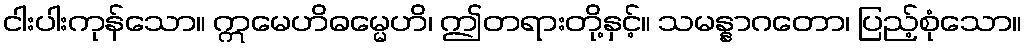
ငါးပါးကုန်သော။ ဣမေဟိဓမ္မေဟိ၊ ဤတရားတို့နှင့်။ သမန္နာဂတော၊ ပြည့်စုံသော။